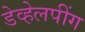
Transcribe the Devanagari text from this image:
डेव्हेलपींग